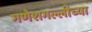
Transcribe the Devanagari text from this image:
गणेशगल्लीच्या